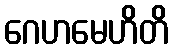
ဂေဟမေဟိတိ